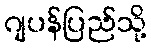
ဂျပန်ပြည်သို့